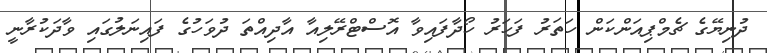
ދުނިޔޭގެ ޗެމްޕިއަންކަން ހަތަރު ފަހަރު ހޯދާފައިވާ އޮސްޓްރޭލިއާ އާދިއްތަ ދުވަހުގެ ފައިނަލުގައި ވާދަކުރާނީ